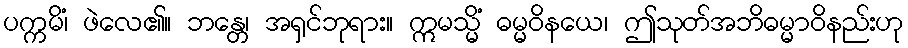
ပက္ကမိံ၊ ဖဲလေ၏။ ဘန္တေ၊ အရှင်ဘုရား။ ဣမသ္မိံ ဓမ္မဝိနယေ၊ ဤသုတ်အဘိဓမ္မာဝိနည်းဟု